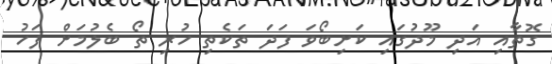
ގޮތާއި އަދި މޫދުގައި ކަށިބޯވަ ފަދަ ތަކެތި ހުރި ތޯ ބެލުމަށް ފަހު